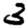
Digit: 3